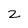
Character: z